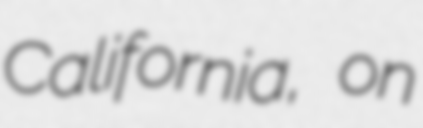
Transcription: California, on